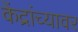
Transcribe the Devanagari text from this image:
केंद्रांच्यावर